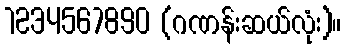
1234567890 (ဂဏန်းဆယ်လုံး)။